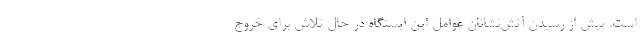
است. پیش از رسیدن آتش‌نشانان عوامل این ایستگاه در حال تلاش برای خروج